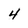
Character: 4